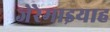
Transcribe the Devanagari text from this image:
जेरेमाइयाह